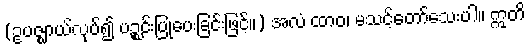
(ဥပဇ္ဈာယ်လုပ်၍ ပဉ္စင်းပြုပေးခြင်းဖြင့်။) အလံ ထာဝ၊ မသင့်တော်သေးပါ။ ဣတိ